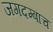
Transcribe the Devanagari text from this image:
जगदम्बाच